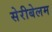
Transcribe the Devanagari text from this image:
सेरीबेलम